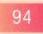
\(94\)